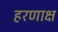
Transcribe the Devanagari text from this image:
हरणाक्ष